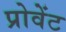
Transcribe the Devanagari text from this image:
प्रोवेंट